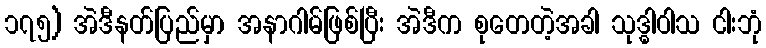
၁၇၅) အဲဒီနတ်ပြည်မှာ အနာဂါမ်ဖြစ်ပြီး အဲဒီက စုတေတဲ့အခါ သုဒ္ဓါဝါသ ငါးဘုံ